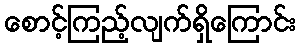
စောင့်ကြည့်လျက်ရှိကြောင်း